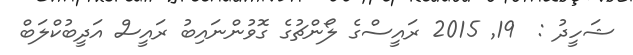
ޝަހީދު :  19